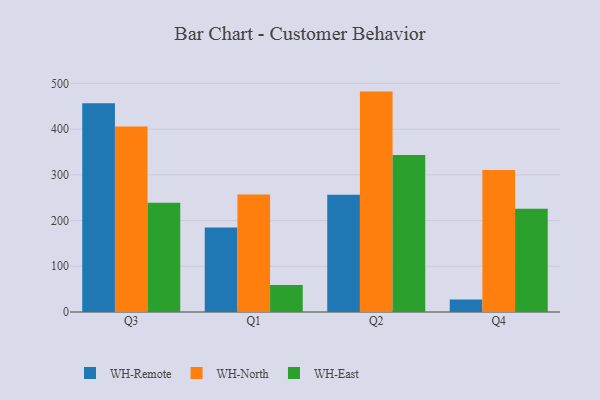
{"axis": {"x": "Quarter", "y": "Inventory Turnover"}, "legend": ["WH-East", "WH-North", "WH-Remote"], "data": [{"x": "Q3", "y": 456.6, "type": "WH-Remote"}, {"x": "Q3", "y": 405.5, "type": "WH-North"}, {"x": "Q3", "y": 239.0, "type": "WH-East"}, {"x": "Q1", "y": 185.0, "type": "WH-Remote"}, {"x": "Q1", "y": 256.9, "type": "WH-North"}, {"x": "Q1", "y": 59.1, "type": "WH-East"}, {"x": "Q2", "y": 256.4, "type": "WH-Remote"}, {"x": "Q2", "y": 482.1, "type": "WH-North"}, {"x": "Q2", "y": 343.4, "type": "WH-East"}, {"x": "Q4", "y": 27.4, "type": "WH-Remote"}, {"x": "Q4", "y": 310.8, "type": "WH-North"}, {"x": "Q4", "y": 225.9, "type": "WH-East"}]}